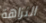
النزاهة